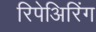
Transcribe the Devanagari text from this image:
रिपेअिरिंग